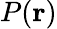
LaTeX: P(\mathbf{r})